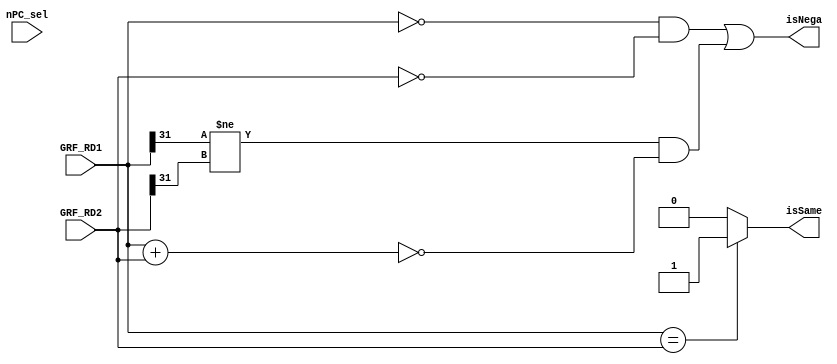
module cmp(
    input [31:0] GRF_RD1,
    input [31:0] GRF_RD2,
    input [2:0] nPC_sel,
    
    output isSame,
    output isNega
    );

    assign isSame = (GRF_RD1 == GRF_RD2) ? 1'b1 : 1'b0;
    //assign isNega = (GRF_RD1 + GRF_RD2) ? 1'b0 : 1'b1;
    assign isNega = (GRF_RD1 == 32'b0 && GRF_RD2 == 32'b0) | (GRF_RD1[31] != GRF_RD2[31] && GRF_RD1 + GRF_RD2 == 32'b0);

endmodule